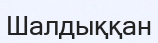
Шалдыққан